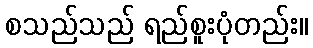
စသည်သည် ရည်စူးပုံတည်း။